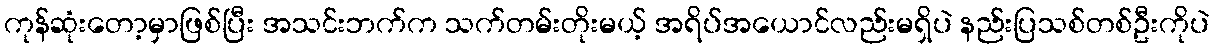
ကုန်ဆုံးတော့မှာဖြစ်ပြီး အသင်းဘက်က သက်တမ်းတိုးမယ့် အရိပ်အယောင်လည်းမရှိပဲ နည်းပြသစ်တစ်ဦးကိုပဲ